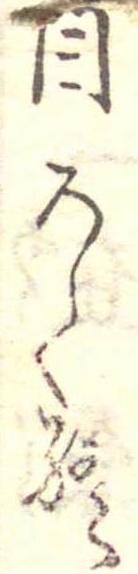
目ろく終